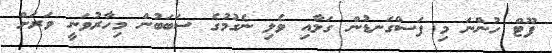
ފޫޓް ހުންނަ މި ފަސްގަނޑުން ގަލާއި ވެލި ނެގުމުގެ ސަބަބުން މިހާރުވަނީ ވަރަށް